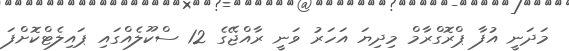
މަދަނީ އުފާ ޕްރޮގްރާމް މިދިޔަ އަހަރު ވަނީ ރާއްޖޭގެ 12 ސްކޫލެއްގައި ޕައިލެޓްކޮށްފަ